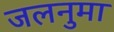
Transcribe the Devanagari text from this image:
जलनुमा